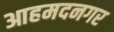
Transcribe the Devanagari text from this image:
आहमदनगर